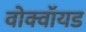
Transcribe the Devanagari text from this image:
वोक्वॉयड